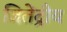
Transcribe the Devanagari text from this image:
जितेंद्रीय